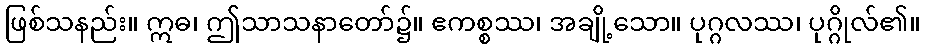
ဖြစ်သနည်း။ ဣဓ၊ ဤသာသနာတော်၌။ ဧကစ္စဿ၊ အချို့သော။ ပုဂ္ဂလဿ၊ ပုဂ္ဂိုလ်၏။